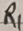
Text: R1